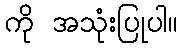
ကို အသုံးပြုပါ။